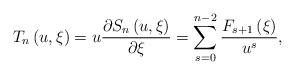
LaTeX: \begin{align*}T_{n}\left( {u,\xi }\right) =u\frac{\partial S_{n}\left( {u,\xi }\right) }{\partial \xi }=\sum\limits_{s=0}^{n-2}{\frac{F_{s+1}\left( \xi \right) }{u^{s}},} \end{align*}